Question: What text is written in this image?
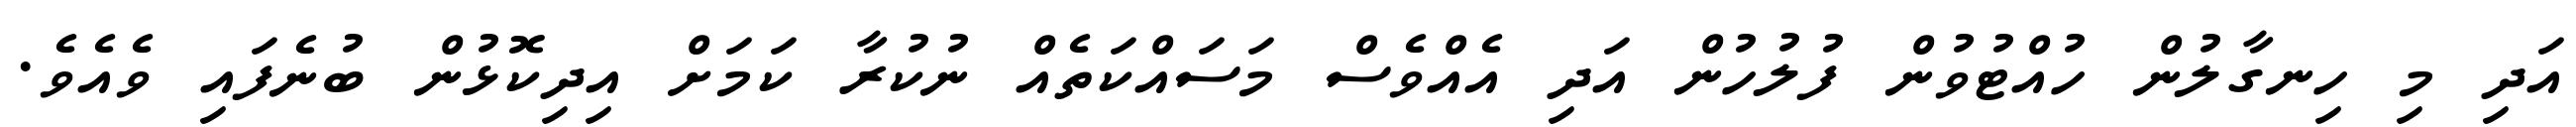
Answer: އަދި މި ހިނގާލުން ހުއްޓުވުން ފުލުހުން އަދި އެއްވެސް މަސައްކަތެއް ނުކުރާ ކަމަށް އިދިކޮޅުން ބުނެފައި ވެއެވެ.